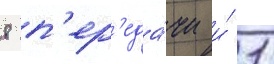
8 п'ер'еда́чи и́ 1